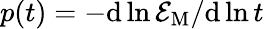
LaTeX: p(t)=-\mathrm{d}{}\ln{\cal E}_{\mathrm{M}}/\mathrm{d}{}\ln t